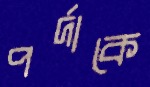
পর্দাকে